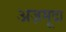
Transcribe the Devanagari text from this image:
अज़मूदा